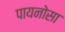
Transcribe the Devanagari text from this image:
पायनोसा